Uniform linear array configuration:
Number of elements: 8
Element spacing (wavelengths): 1
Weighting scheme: cosine
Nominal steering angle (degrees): -60
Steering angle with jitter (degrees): -59.445
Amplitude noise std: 0.05
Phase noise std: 0.05

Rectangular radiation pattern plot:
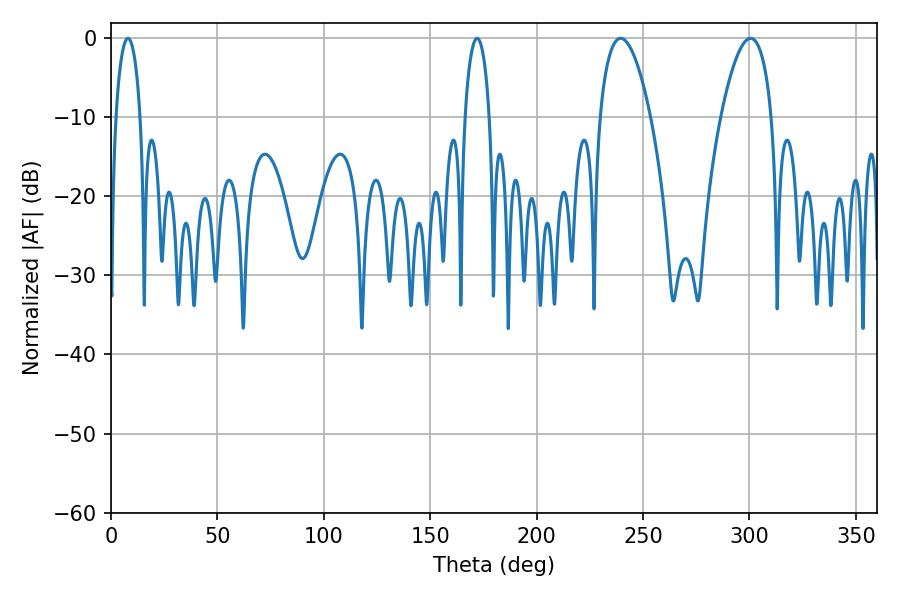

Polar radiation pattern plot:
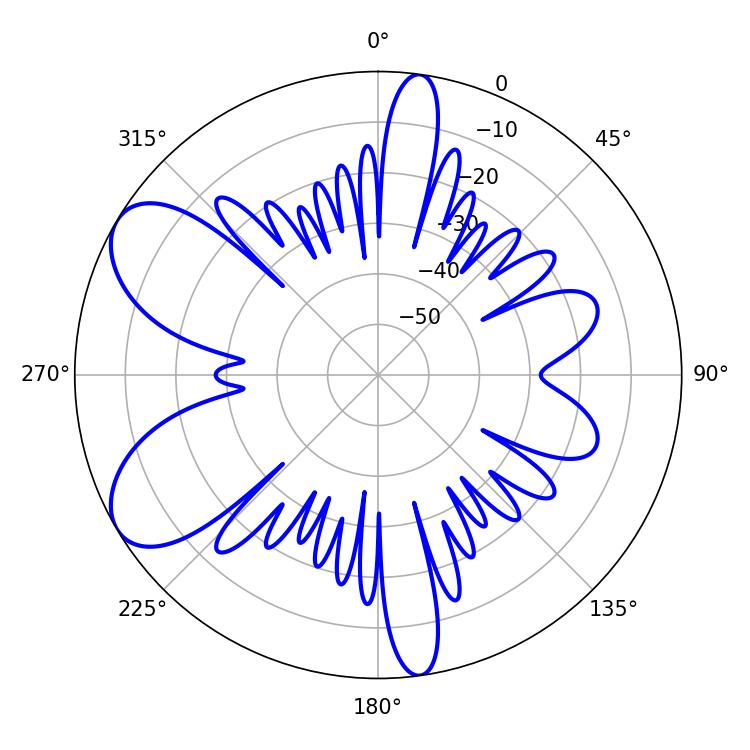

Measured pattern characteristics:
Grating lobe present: TRUE
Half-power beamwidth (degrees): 13.32
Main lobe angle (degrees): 239.4